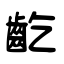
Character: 齕